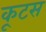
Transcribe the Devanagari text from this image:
कूटस